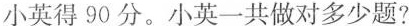
小英得90分。小英一共做对多少题?